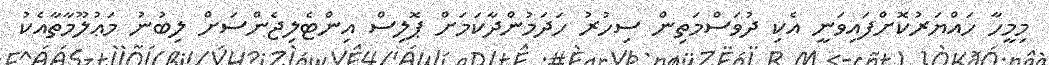
މިމީހާ ހައްޔަރުކޮށްފައިވަނީ އެކި ދުވަސްމަތިން ސިހުރު ހަދަމުންދާކަމަށް ޕޮލިސް އިންޓެލިޖެންސަށް ލިބުނު މަޢުލޫމާތާއެކު